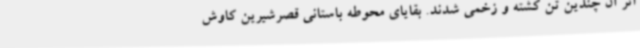
اثر آن چندین تن کشته و زخمی شدند. بقایای محوطه باستانی قصرشیرین کاوش